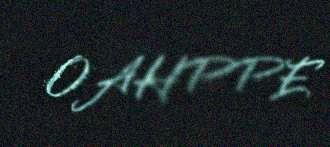
OAHPPE